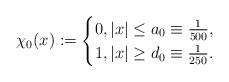
\begin{align*}\chi_{0}(x):=\begin{cases}0, |x|\leq a_{0}\equiv\frac{1}{500},\\1, |x|\geq d_{0}\equiv\frac{1}{250}. \end{cases}\end{align*}